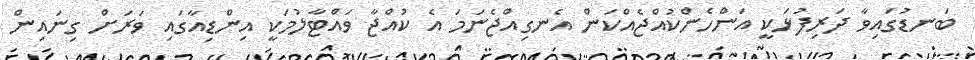
ބަނޑުގައިވާ ދަރިފުޅަކީ އަންހެންކުއްޖެއްކަން އެނގިއްޖެނަމަ އެ ކުއްޖާ ވައްޓާލުމަކީ އިންޑިއާގައި ވަރަށް ގިނައިން